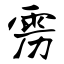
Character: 雳